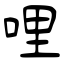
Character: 哩